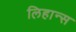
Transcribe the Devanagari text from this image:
लिहान्स